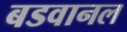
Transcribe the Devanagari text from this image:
बडवानल